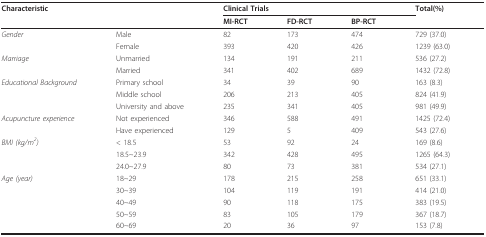
<table><thead><tr><td><b>Characteristic</b></td><td></td><td colspan="3"><b>Clinical Trials</b></td><td><b>Total(%)</b></td></tr><tr><td></td><td></td><td><b>MI-RCT</b></td><td><b>FD-RCT</b></td><td><b>BP-RCT</b></td><td></td></tr></thead><tbody><tr><td><i>Gender</i></td><td>Male</td><td>82</td><td>173</td><td>474</td><td>729 (37.0)</td></tr><tr><td></td><td>Female</td><td>393</td><td>420</td><td>426</td><td>1239 (63.0)</td></tr><tr><td><i>Marriage</i></td><td>Unmarried</td><td>134</td><td>191</td><td>211</td><td>536 (27.2)</td></tr><tr><td></td><td>Married</td><td>341</td><td>402</td><td>689</td><td>1432 (72.8)</td></tr><tr><td><i>Educational Background</i></td><td>Primary school</td><td>34</td><td>39</td><td>90</td><td>163 (8.3)</td></tr><tr><td></td><td>Middle school</td><td>206</td><td>213</td><td>405</td><td>824 (41.9)</td></tr><tr><td></td><td>University and above</td><td>235</td><td>341</td><td>405</td><td>981 (49.9)</td></tr><tr><td><i>Acupuncture experience</i></td><td>Not experienced</td><td>346</td><td>588</td><td>491</td><td>1425 (72.4)</td></tr><tr><td></td><td>Have experienced</td><td>129</td><td>5</td><td>409</td><td>543 (27.6)</td></tr><tr><td><i>BMI (kg/m</i><sup><i>2</i></sup><i>)</i></td><td>&lt; 18.5</td><td>53</td><td>92</td><td>24</td><td>169 (8.6)</td></tr><tr><td></td><td>18.5~23.9</td><td>342</td><td>428</td><td>495</td><td>1265 (64.3)</td></tr><tr><td></td><td>24.0~27.9</td><td>80</td><td>73</td><td>381</td><td>534 (27.1)</td></tr><tr><td><i>Age (year)</i></td><td>18~29</td><td>178</td><td>215</td><td>258</td><td>651 (33.1)</td></tr><tr><td></td><td>30~39</td><td>104</td><td>119</td><td>191</td><td>414 (21.0)</td></tr><tr><td></td><td>40~49</td><td>90</td><td>118</td><td>175</td><td>383 (19.5)</td></tr><tr><td></td><td>50~59</td><td>83</td><td>105</td><td>179</td><td>367 (18.7)</td></tr><tr><td></td><td>60~69</td><td>20</td><td>36</td><td>97</td><td>153 (7.8)</td></tr></tbody></table>